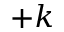
+ k